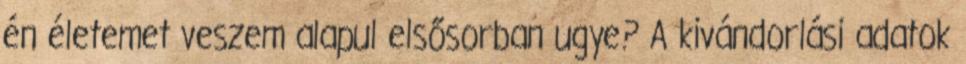
én életemet veszem alapul elsősorban ugye? A kivándorlási adatok